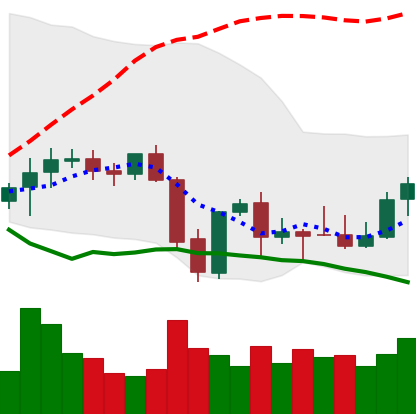
Ticker: XMR-USD
Chart end date: 2021-10-01
Forward return: 11.149%
Label: up_7plus